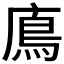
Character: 𩾦